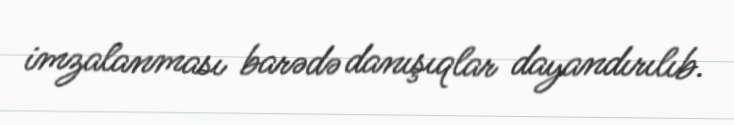
imzalanması barədə danışıqlar dayandırılıb.